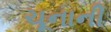
ચૂનાની